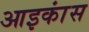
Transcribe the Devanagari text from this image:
आइकांस